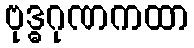
ဗုဒ္ဓဂုဏကထာ